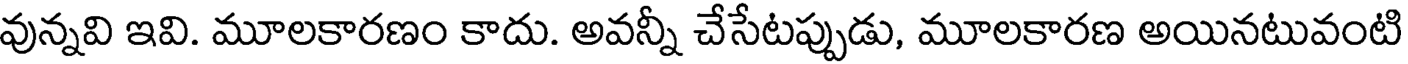
వున్నవి ఇవి. మూలకారణం కాదు. అవన్నీ చేసేటప్పుడు, మూలకారణ అయినటువంటి